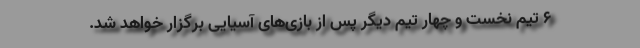
۶ تیم نخست و چهار تیم دیگر پس از بازی‌های آسیایی برگزار خواهد شد.